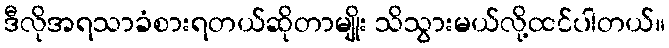
ဒီလိုအရသာခံစားရတယ်ဆိုတာမျိုး သိသွားမယ်လို့ထင်ပါတယ်။